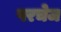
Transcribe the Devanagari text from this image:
परचेज